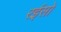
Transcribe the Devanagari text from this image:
रईसो